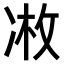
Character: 𫥏